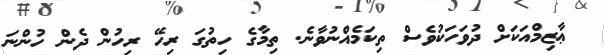
ޢާޒިމްއަކަށް ދުވަހަކުވެސް ތިކަމެއްނުވާނެ. ތިމާގެ ހިތުގަ ރިހޭ ރިހުން ދެން ހުންނަ